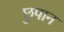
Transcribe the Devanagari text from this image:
छुपान